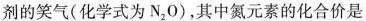
剂的笑气(化学式为N_{2}O)，其中氮元素的化合价是